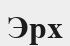
Эрх